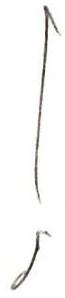
!